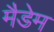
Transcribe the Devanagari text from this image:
मैडेम